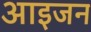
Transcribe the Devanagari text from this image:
आइजन